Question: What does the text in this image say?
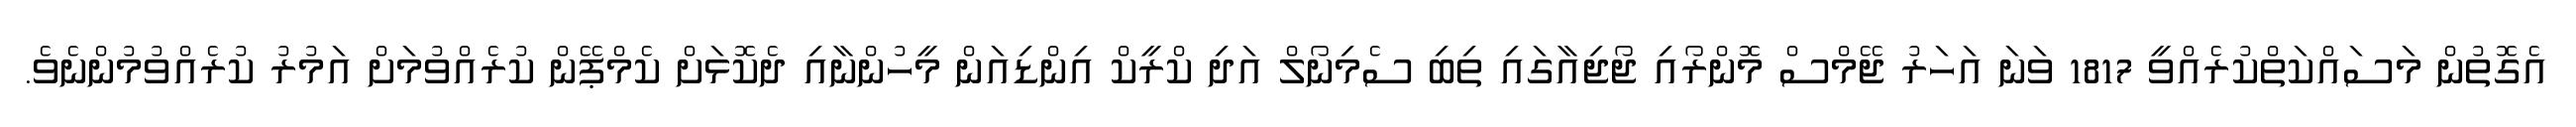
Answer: އެގޮތުން މަސައްކަތްކުރެއްވީ 1817 ވަނަ އަހަރު ޖޭމްސް މޮންރޯއި ޖޯޖިއާގައި ތިބި ސެމިނޯލް އަދި ކްރީކް އިންޑިއަން މީހުންނާއި ދެކޮޅަށް ކެމްޕޭން ކުރެއްވުމަށް އަމުރު ކުރެއްވުމުންނެވެ.